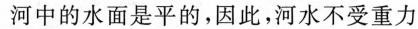
河中的水面是平的，因此，河水不受重力